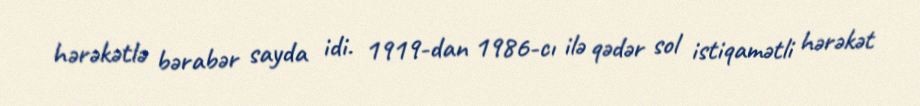
hərəkətlə bərabər sayda idi. 1919-dan 1986-cı ilə qədər sol istiqamətli hərəkət